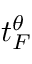
t _ { F } ^ { \theta }